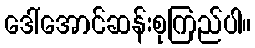
ဒေါ်အောင်ဆန်းစုကြည်ပါ။